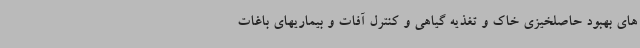
های بهبود حاصلخیزی خاک و تغذیه گیاهی و کنترل آفات و بیماریهای باغات